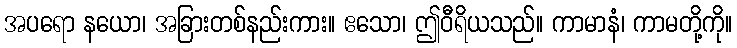
အပရော နယော၊ အခြားတစ်နည်းကား။ ဧသော၊ ဤဝီရိယသည်။ ကာမာနံ၊ ကာမတို့ကို။